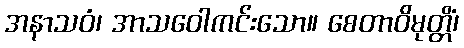
အနာသဝံ၊ အာသဝေါကင်းသော။ စေတာဝိမုတ္တိံ၊